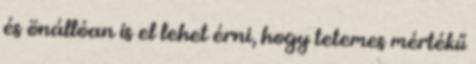
és önállóan is el lehet érni, hogy tetemes mértékű